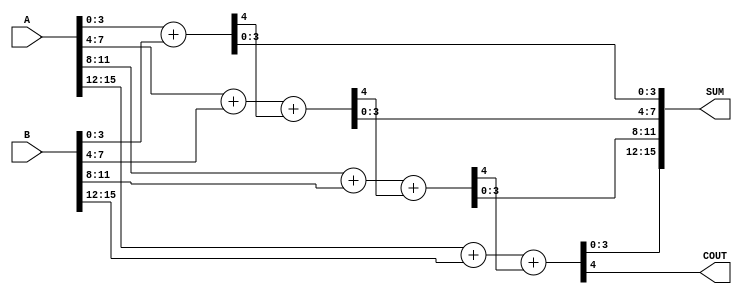
module CSLA_16bit(
    input [15:0] A,        // First operand
    input [15:0] B,        // Second operand
    output [15:0] SUM,     // Sum output
    output COUT            // Carry out
);
    // Internal wires for carry and sum
    wire [3:0] SUM0, SUM1, SUM2, SUM3;
    wire COUT0, COUT1, COUT2, COUT3;
    wire [3:0] G, P; // Generate and Propagate signals

    // Segment 0 (LSB 4 bits)
    assign {COUT0, SUM0} = A[3:0] + B[3:0]; // Direct addition for the first segment

    // Segment 1 (Next 4 bits)
    assign {COUT1, SUM1} = A[7:4] + B[7:4] + COUT0; // Add with carry from previous segment

    // Segment 2 (Next 4 bits)
    assign {COUT2, SUM2} = A[11:8] + B[11:8] + COUT1; // Add with carry from previous segment

    // Segment 3 (MSB 4 bits)
    assign {COUT3, SUM3} = A[15:12] + B[15:12] + COUT2; // Add with carry from previous segment

    // Final output
    assign SUM = {SUM3, SUM2, SUM1, SUM0}; // Concatenate all sums
    assign COUT = COUT3; // Final carry out

endmodule